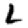
Digit: 2